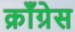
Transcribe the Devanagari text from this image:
क्राँग्रेस